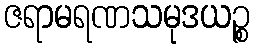
ဇရာမရဏသမုဒယဉ္စ